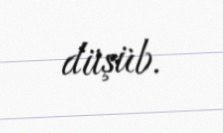
düşüb.